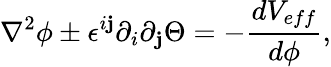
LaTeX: \nabla^{2}\phi\pm\epsilon^{i\mathbf{j}}\partial_{i}\partial_{\mathbf{j}}\Theta=-\frac{{dV_{eff}}}{{d\phi}},